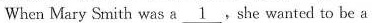
When Mary Smith was a \underline{1} She wanted to be a